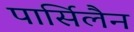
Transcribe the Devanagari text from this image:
पार्सिलैन